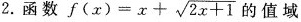
2.函数$$f ( x ) = x + \sqrt { 2 x + 1 }$$ 的值域